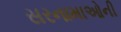
સરનામાઓની